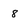
Character: 8